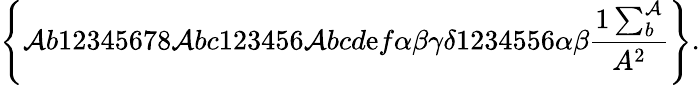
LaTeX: \left\{ \mathcal{A}b12345678\mathcal{A}bc123456\mathcal{A}bcd\mathrm{e}f\alpha\beta\gamma\delta1234556\alpha\beta\frac{{1\sum_{b}^{\mathcal{A}}}}{{A^{2}}}\right\} .